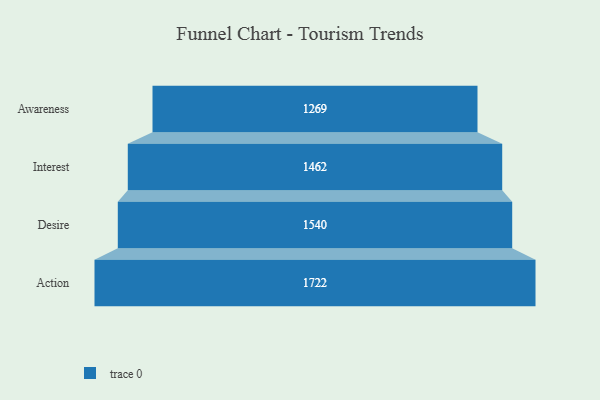
{"axis": {"x": "Stage", "y": "Value"}, "legend": [""], "data": [{"x": "Awareness", "y": 1269.0, "type": ""}, {"x": "Interest", "y": 1462.0, "type": ""}, {"x": "Desire", "y": 1540.0, "type": ""}, {"x": "Action", "y": 1722.0, "type": ""}]}